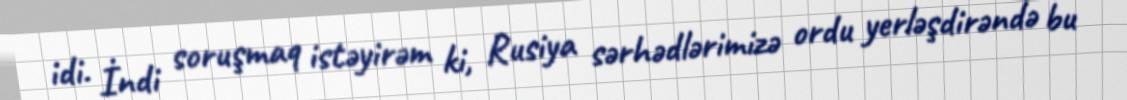
idi. İndi soruşmaq istəyirəm ki, Rusiya sərhədlərimizə ordu yerləşdirəndə bu